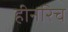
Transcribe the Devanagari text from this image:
हीनरिच